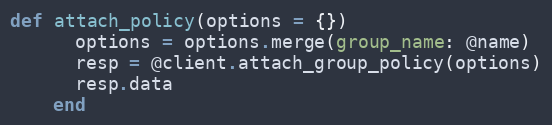
Language: Ruby
def attach_policy(options = {})
      options = options.merge(group_name: @name)
      resp = @client.attach_group_policy(options)
      resp.data
    end